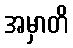
အမှာတိ